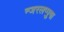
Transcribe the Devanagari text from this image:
न्जरलप्पुषा